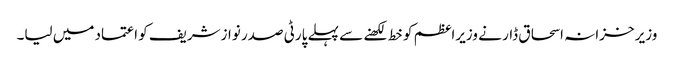
وزیر خزانہ اسحاق ڈار نے وزیراعظم کو خط لکھنے سے پہلے پارٹی صدر نوازشریف کو اعتماد میں لیا۔